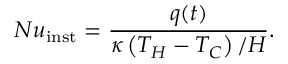
N u _ { \mathrm { { i n s t } } } = \frac { q ( t ) } { \kappa \left( T _ { H } - T _ { C } \right) / H } .